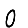
Digit: 0